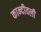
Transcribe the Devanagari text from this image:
कान्दीवली